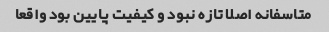
متاسفانه اصلا تازه نبود و کیفیت پایین بود واقعا